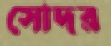
সোদর